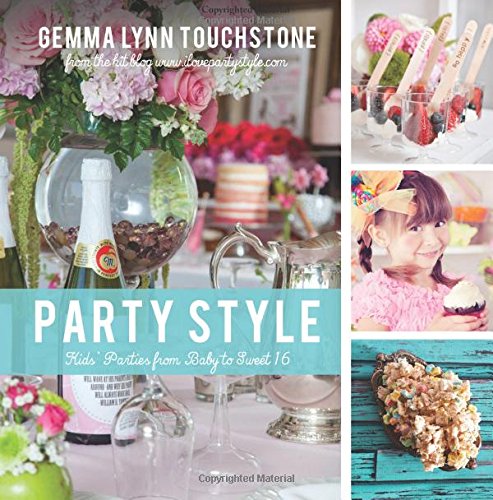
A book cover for Party Style: Kids' Parties from Baby to Sweet 16; Gemma Touchstone; Cookbooks, Food & Wine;